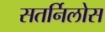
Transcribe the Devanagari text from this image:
सतर्निलोस